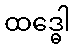
ထဒ္ဓေါ